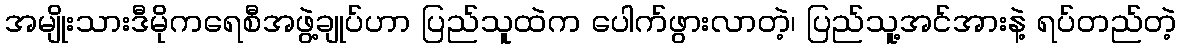
အမျိုးသားဒီမိုကရေစီအဖွဲ့ချုပ်ဟာ ပြည်သူထဲက ပေါက်ဖွားလာတဲ့၊ ပြည်သူ့အင်အားနဲ့ ရပ်တည်တဲ့